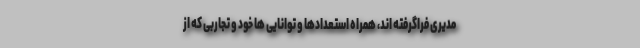
مدیری فراگرفته اند، همراه استعدادها و توانایی ها خود و تجاربی که از